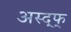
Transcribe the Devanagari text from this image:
अस्द्फ्